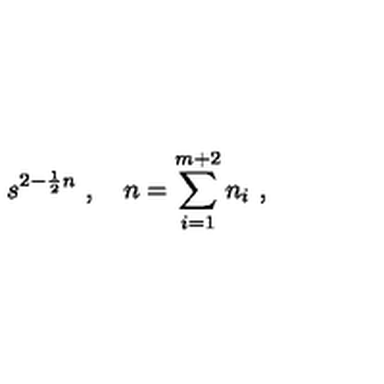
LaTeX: s ^ { 2 - \frac { 1 } { 2 } n } \ , \quad n = \sum _ { i = 1 } ^ { m + 2 } n _ { i } \ ,